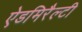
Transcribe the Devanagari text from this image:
ऐडमिरैल्टी